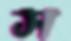
স